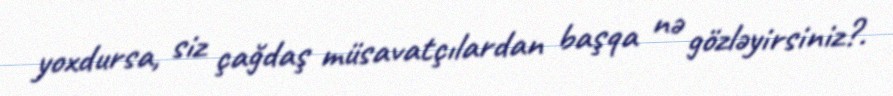
yoxdursa, siz çağdaş müsavatçılardan başqa nə gözləyirsiniz?.